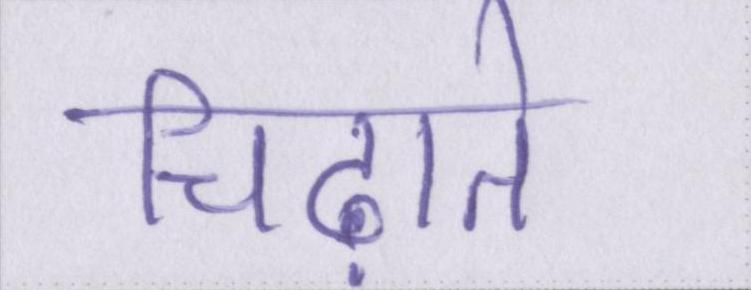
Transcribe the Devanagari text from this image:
चिढ़ाते